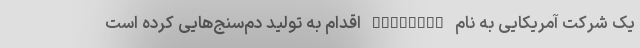
یک شرکت آمریکایی به نام BACtrack اقدام به تولید دم‌سنج‌هایی کرده است